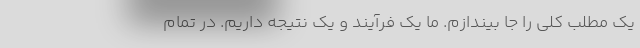
یک مطلب کلی را جا بیندازم. ما یک فرآیند و یک نتیجه داریم. در تمام